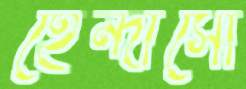
হেন্দার্সো